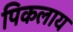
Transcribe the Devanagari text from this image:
पिकलाय